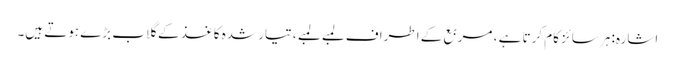
اشارہ: ہر سائز کام کرتا ہے ، مربع کے اطراف لمبے لمبے ، تیار شدہ کاغذ کے گلاب بڑے ہوتے ہیں۔